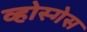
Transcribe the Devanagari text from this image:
व्होस्गेस